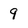
Character: 9